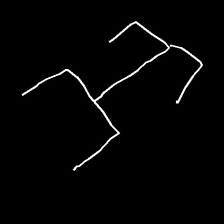
Glyph: entwine